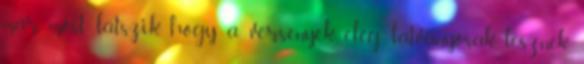
már most látszik, hogy a versenyek elég látványosak lesznek